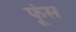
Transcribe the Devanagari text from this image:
फूंस